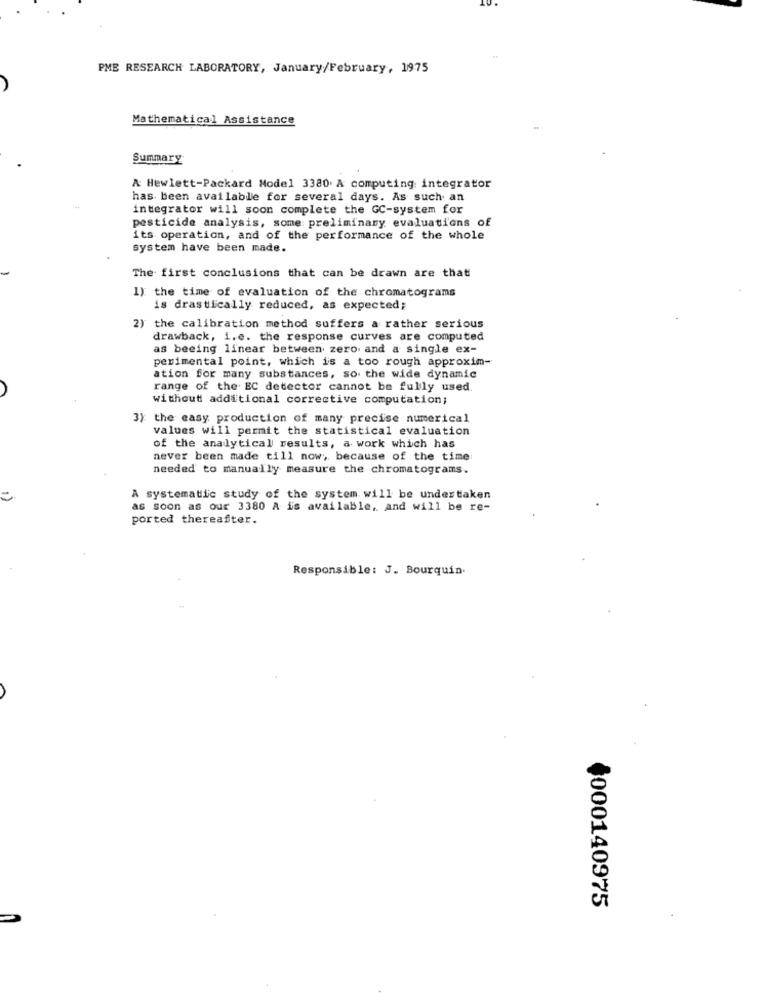
PME RESEARCH LABORATORY, January/February, 1975
Mathematical Assistance
Summary
& Hewlett-Packard Model 3380. A computing: integrator
has been available for several days. As such an
integrator will soon complete the GC-system for
pesticide analysis, some preliminary evaluations of
its operation, and of the performance of the whole
system have been made.
The first conclusions that can be drawn are that
1): the time of evaluation of the chromatograms
is drastically reduced, as expected;
2) the calibration method suffers a rather serious
drawback, i.e. the response curves are computed
as beeing linear between zero. and a single ex-
perimental point, which is a too rough approxim-
ation for many substances, so the wide dynamic
range of the EC detector cannot be fully used.
without additional corrective computation;
3): the easy production of many precise numerical
values will permit the statistical evaluation
of the analytical results, a work which has
never been made till now ;, because of the time:
needed to manually measure the chromatograms.
A systematic study of the system will be undertaken
as soon as our 3380 A is available, and will be re-
ported thereafter.
Responsible: J. Bourquin.
-
000140975